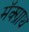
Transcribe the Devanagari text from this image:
मॅक्ग्राथ